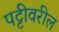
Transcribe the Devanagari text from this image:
पट्टीवरील